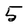
Character: 5